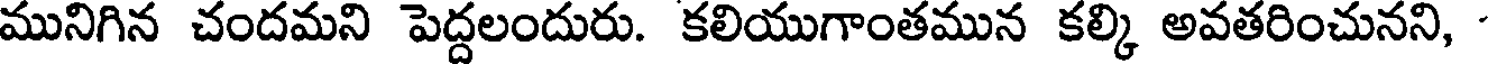
మునిగిన చందమని పెద్దలందురు. కలియుగాంతమున కల్కి అవతరించునని,